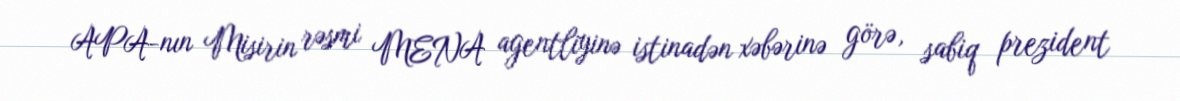
APA-nın Misirin rəsmi MENA agentliyinə istinadən xəbərinə görə, sabiq prezident